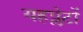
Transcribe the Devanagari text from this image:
यहप्लेटों